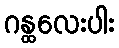
ဂန္ထလေးပါး